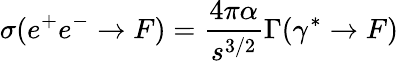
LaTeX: \sigma(e^{+}e^{-}\rightarrow F)={\frac{4\pi\alpha}{s^{3/2}}}\Gamma(\gamma^{*}\rightarrow F)